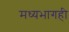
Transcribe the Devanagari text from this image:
मध्यभागही